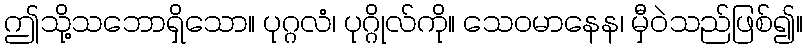
ဤသို့သဘောရှိသော။ ပုဂ္ဂလံ၊ ပုဂ္ဂိုလ်ကို။ သေဝမာနေန၊ မှီဝဲသည်ဖြစ်၍။